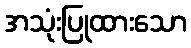
အသုံးပြုထားသော